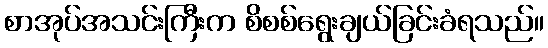
စာအုပ်အသင်းကြီးက စိစစ်ရွေးချယ်ခြင်းခံရသည်။